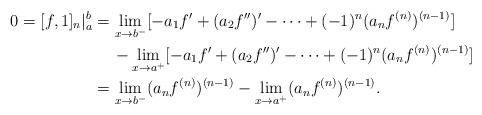
LaTeX: \begin{align*}0=[f,1]_n|_a^b&=\lim_{x\to b^-}[-a_1f'+(a_2f'')'-\dots+(-1)^n(a_nf^{(n)})^{(n-1)}] \\&\quad\,-\lim_{x\to a^+}[-a_1f'+(a_2f'')'-\dots+(-1)^n(a_nf^{(n)})^{(n-1)}] \\&=\lim_{x\to b^-}(a_nf^{(n)})^{(n-1)}-\lim_{x\to a^+}(a_nf^{(n)})^{(n-1)}.\end{align*}